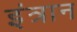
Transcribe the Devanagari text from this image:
इंत्रान